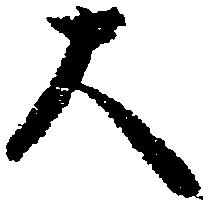
大